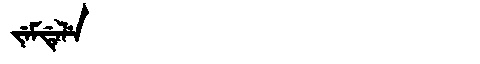
Manchu: ᠵᡝᠮᡩᡝᠯᡝ
Romanization: JEMDELE